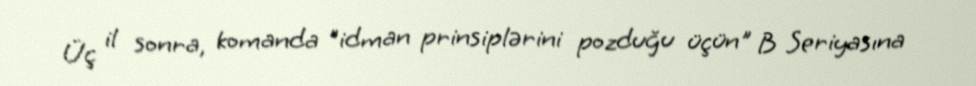
Üç il sonra, komanda "idman prinsiplərini pozduğu üçün" B Seriyasına